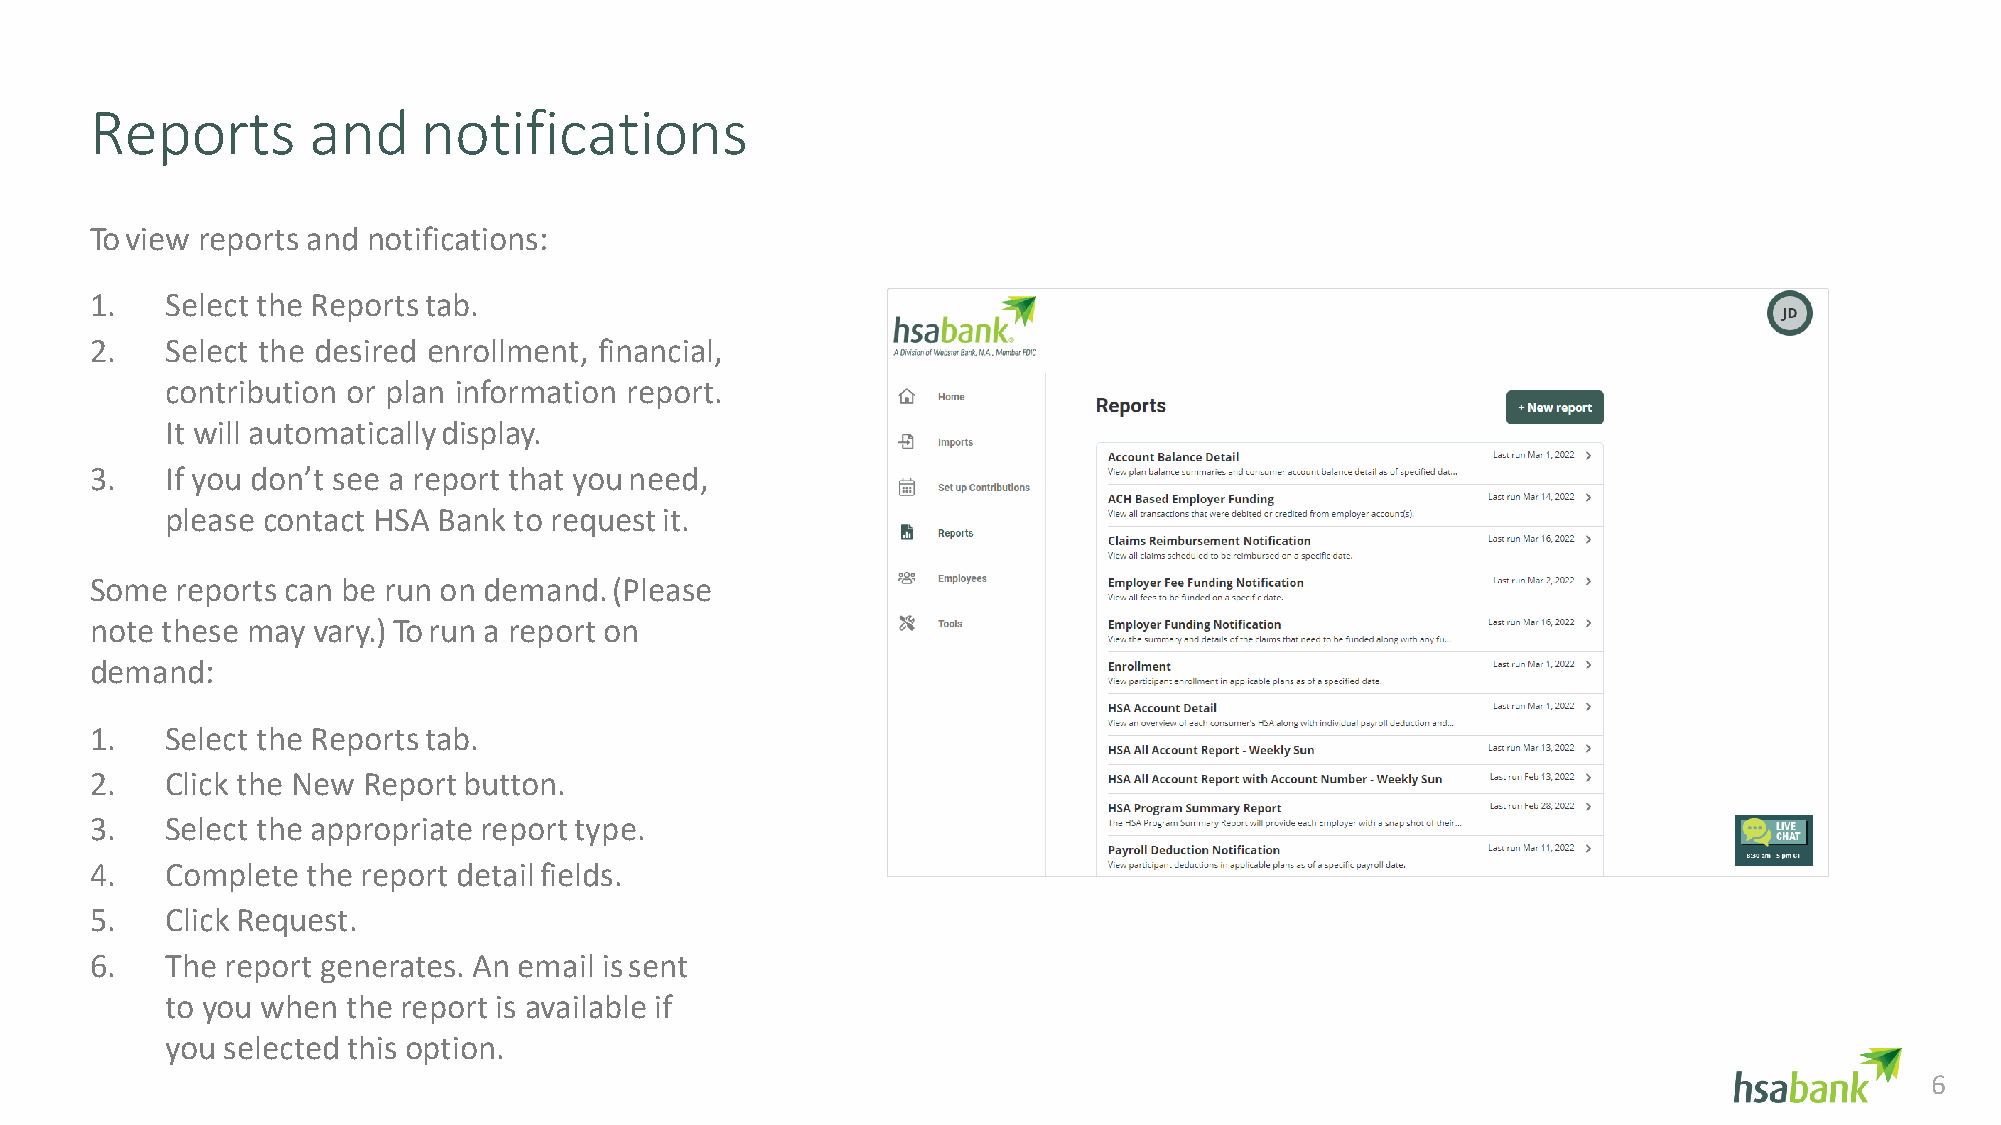
Reports       and     notifications
 To view reports and notifications:
 1.   Select the Reportstab.
 2.   Select the desired enrollment, financial,
 contribution or plan information report.
 It will automaticallydisplay.
 3.   If you don’t see a report that youneed,
 please contact HSA Bank to requestit.
 Some  reports can be run on demand.(Please
 note these may vary.) To run a report on
 demand:
 1.   Select the Reportstab.
 2.   Click the New Reportbutton.
 3.   Select the appropriate reporttype.
 4.   Complete the report detailfields.
 5.   Click Request.
 6.   The report generates. An email issent
 to you when the report is available if
 you selected this option.
 6